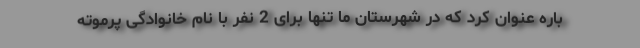
باره عنوان کرد که در شهرستان ما تنها برای 2 نفر با نام خانوادگی پرموته